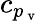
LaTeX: c_{p_{\mathrm{~v~}}}